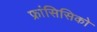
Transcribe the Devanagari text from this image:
फ्रांसिसिको